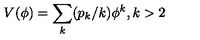
V ( \phi ) = \sum _ { k } ( p _ { k } / k ) \phi ^ { k } , k > 2